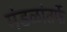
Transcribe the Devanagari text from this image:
मंडळांतर्फे